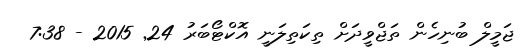
ޖަމީލް ބުނިހެން ތަޖްވީދަށް ތިކަތިލަނީ އޮކްޓޯބަރު 24